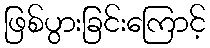
ဖြစ်ပွားခြင်းကြောင့်